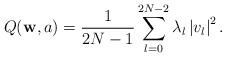
LaTeX: \begin{align*}Q(\mathbf{w},a) = \frac{1}{2N-1} \sum\limits_{l=0}^{2N-2}\lambda_l \left | v_l\right |^2.\end{align*}